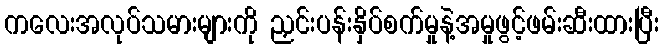
ကလေးအလုပ်သမားများကို ညှင်းပန်းနှိပ်စက်မှုနဲ့အမှုဖွင့်ဖမ်းဆီးထားပြီး